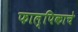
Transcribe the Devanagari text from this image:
फाल्पिकाचे